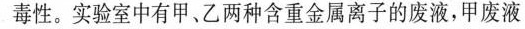
毒性。实验室中有甲、乙两种含重金属离子的废液，甲废液